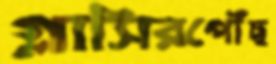
গ্লাসিরপৌঁছ